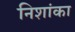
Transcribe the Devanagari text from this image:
निशांका